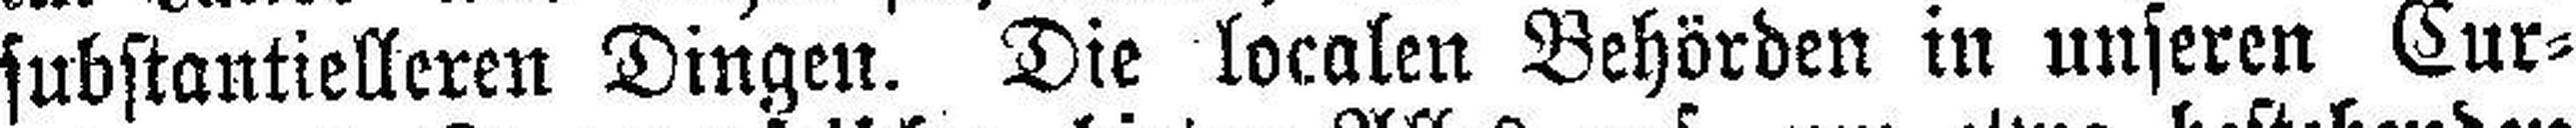
substantielleren Dingen. Die localen Behörden in unseren Cur¬